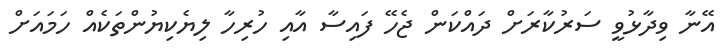
އޭނާ ވިދާޅުވީ ސަރުކާރަށް ދައްކަން ޖެހޭ ފައިސާ އާއި ހުރިހާ ލިޔެކިޔުންތަކެއް ހަމައަށް